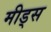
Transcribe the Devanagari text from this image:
मीड्स